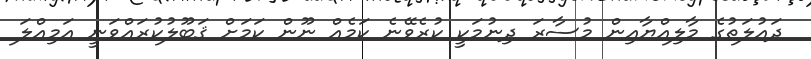
ދައުލަތުގެ މާލިއްޔާއިން މުސާރަ ދިނުމަކީ ކުރެވޭނެ ކަމެއް ނޫން ކަމަށް ޤަބޫލުކުރައްވަނީ އަމިއްލަ